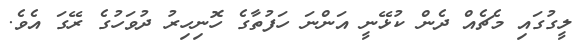
ލީގުގައި މެޗެއް ދެން ކުޅޭނީ އަންނަ ހަފުތާގެ ހޮނިހިރު ދުވަހުގެ ރޭގަ އެވެ.